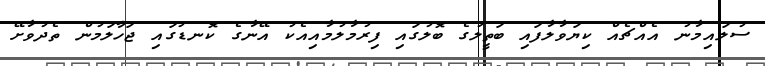
ސުލައިމާނު އެއްޗެއް ކިޔަވާލާފައި ބަތީލުގެ ބޮލުގައި ފިރުމާލުމާއިއެކު އޭނާގެ ކޮނޑުގައި ޖަހާލަމުން ތެދުވާށޭ